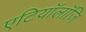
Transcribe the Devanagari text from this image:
एटियॉलॉजि